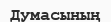
Думасының